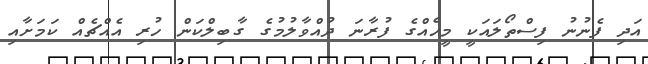
އަދި ފެނުނު ފިސްތޯލައަކީ މީހެއްގެ ފުރާނަ ދުއްވާލުމުގެ ގާބިލްކަން ހުރި އެއްޗެއް ކަމަށާއި